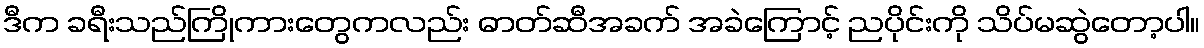
ဒီက ခရီးသည်ကြိုကားတွေကလည်း ဓာတ်ဆီအခက် အခဲကြောင့် ညပိုင်းကို သိပ်မဆွဲတော့ပါ။